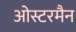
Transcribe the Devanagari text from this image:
ओस्टरमैन